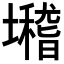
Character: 𡓈